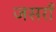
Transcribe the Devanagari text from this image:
जसराँ